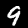
Digit: 9